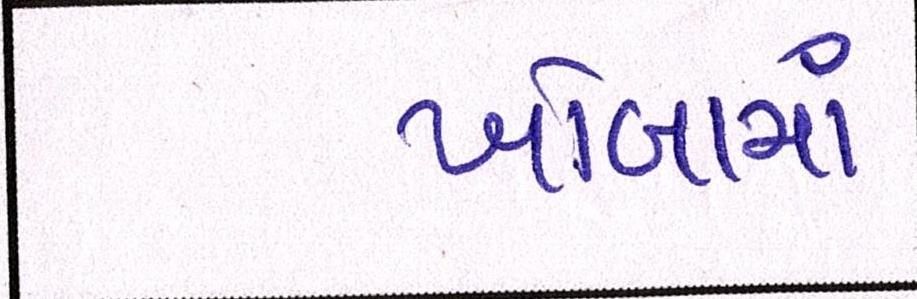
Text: ખોબામાં